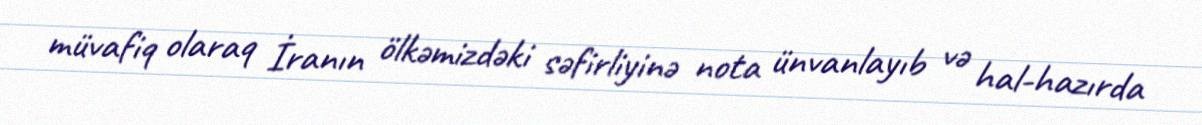
müvafiq olaraq İranın ölkəmizdəki səfirliyinə nota ünvanlayıb və hal-hazırda